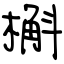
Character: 槲